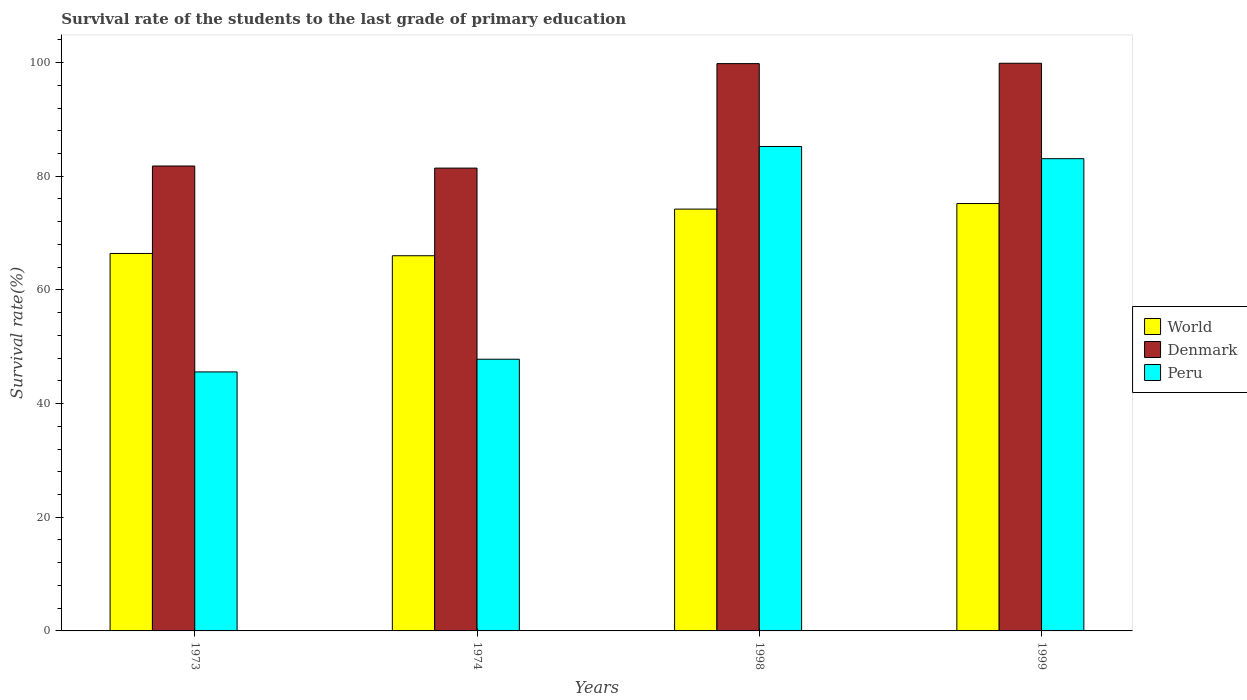
| Years | World | Denmark | Peru |
 | --- | --- | --- | --- |
 | 1973 | 66.4 | 81.8 | 45.6 |
 | 1974 | 66 | 81.4 | 47.8 |
 | 1998 | 74.2 | 99.8 | 85.2 |
 | 1999 | 75.2 | 99.9 | 83.1 |